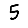
Digit: 5